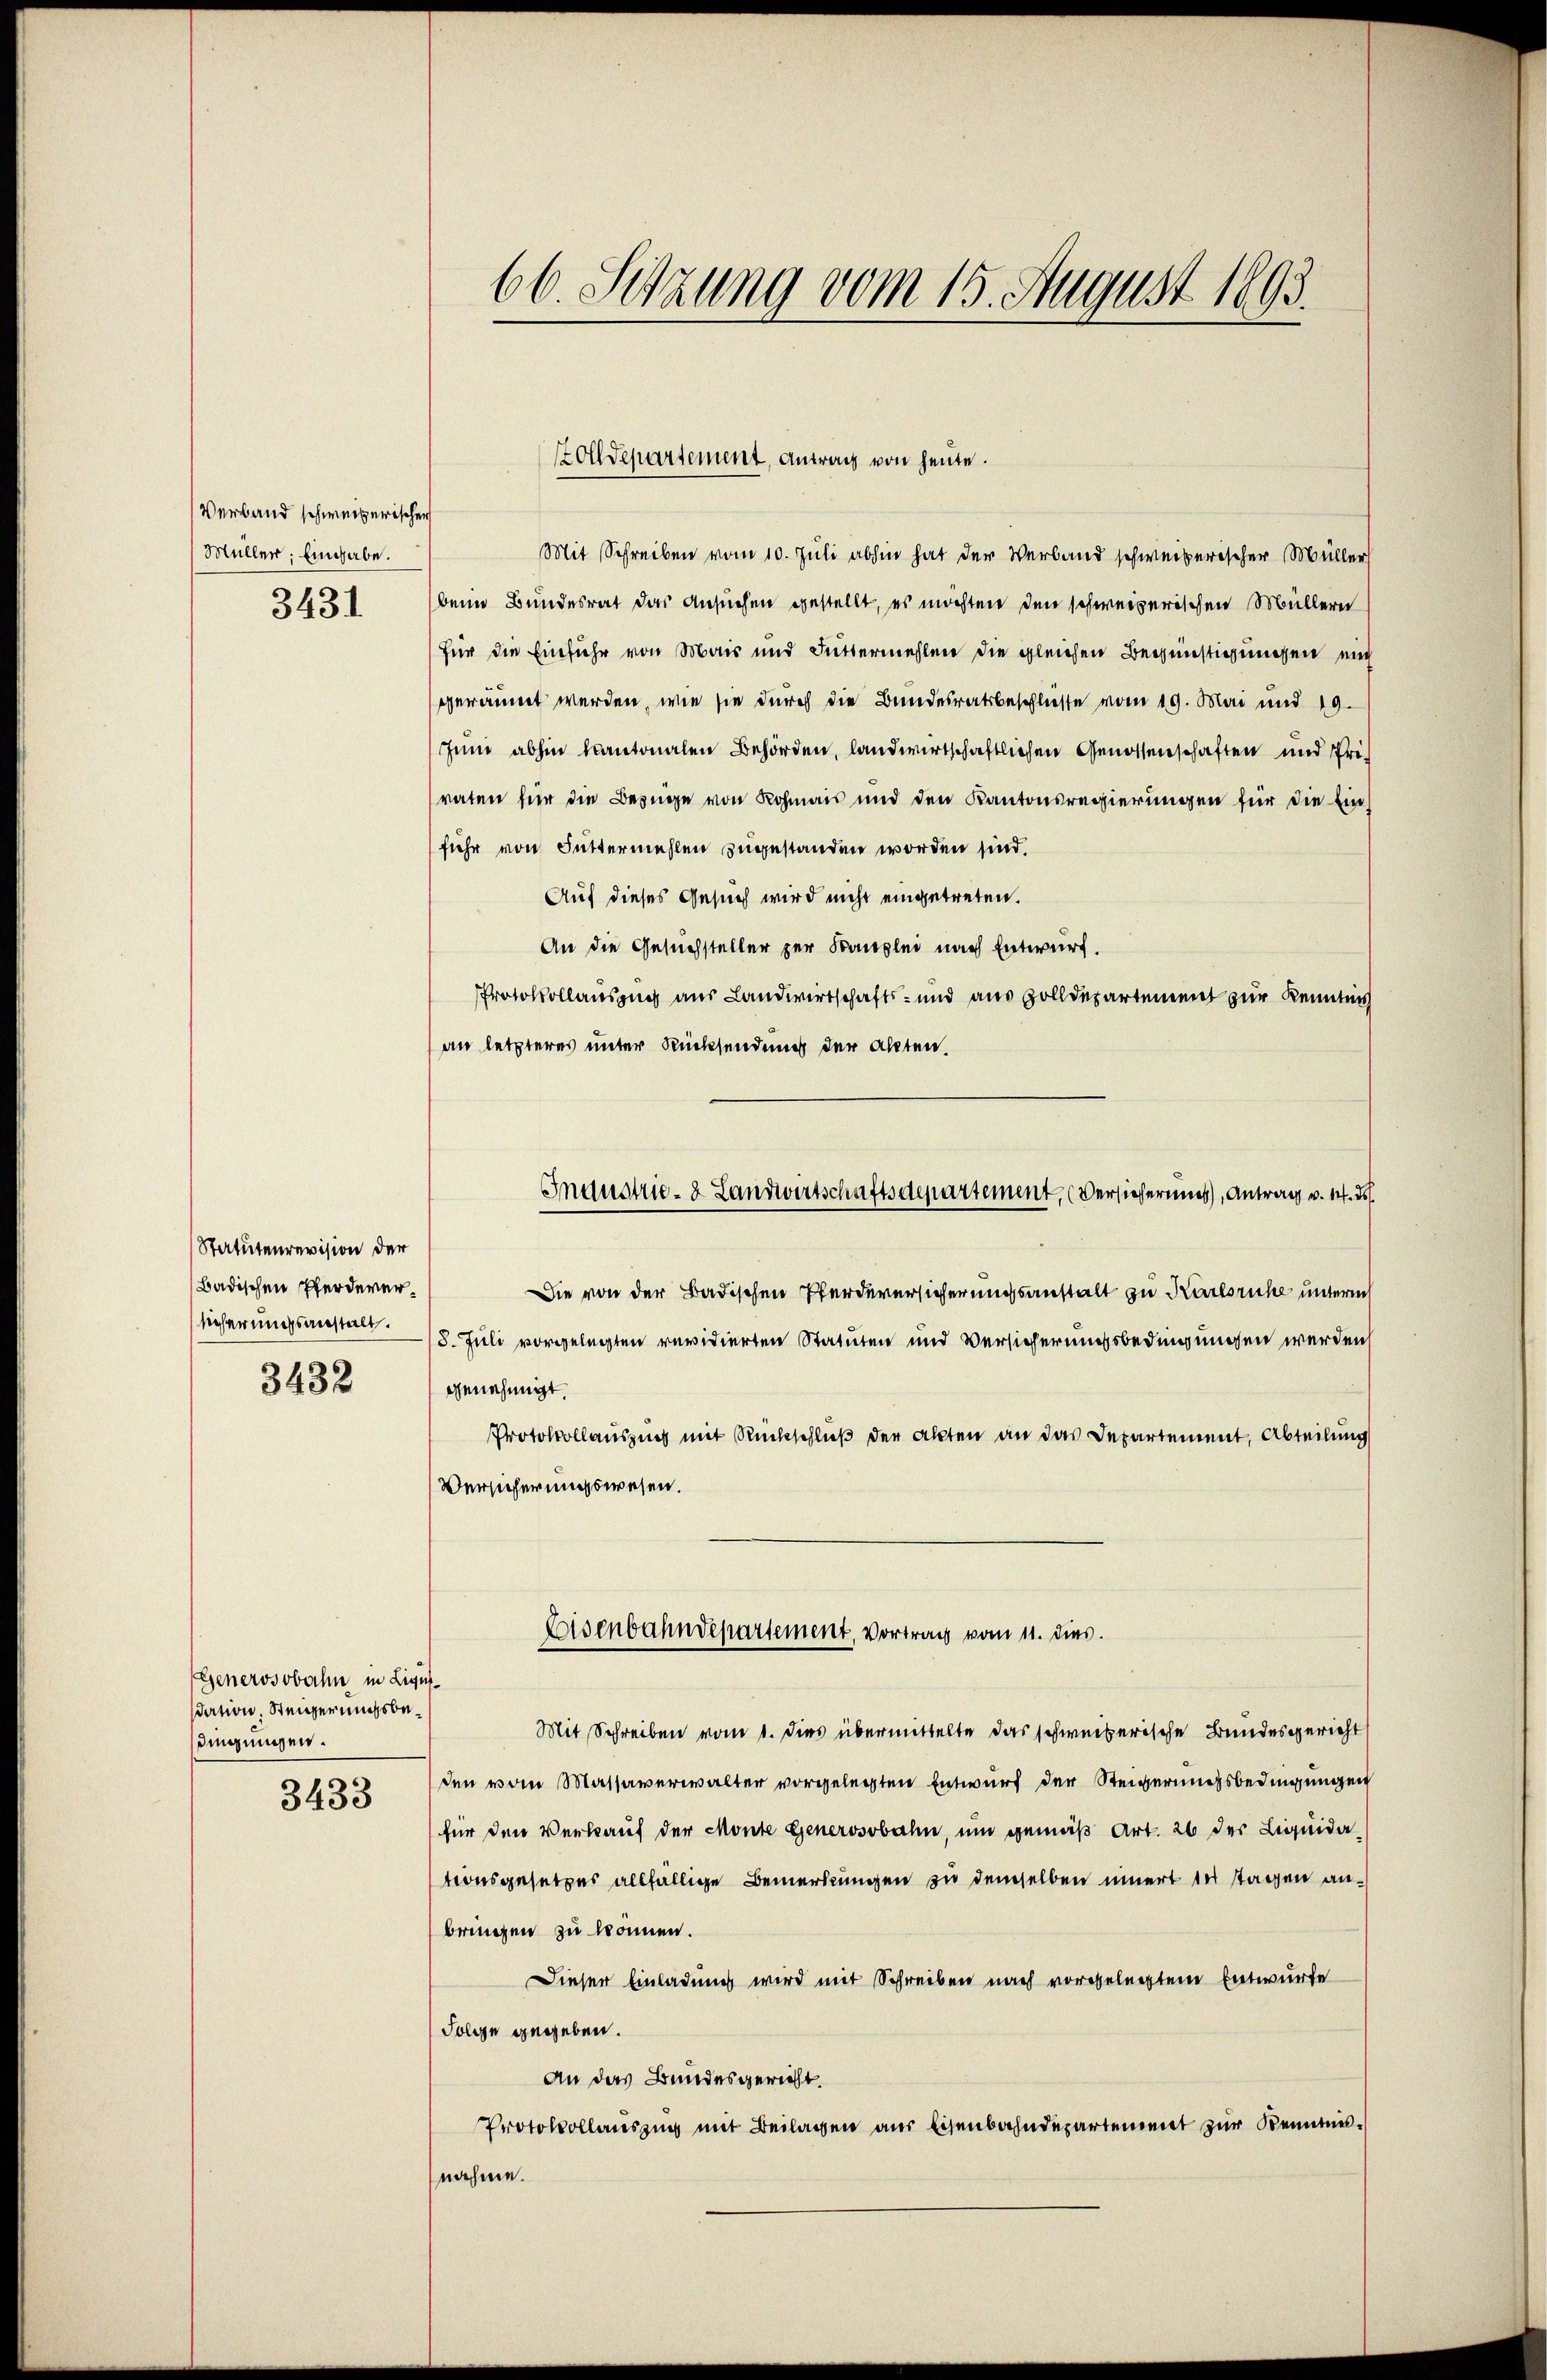
Verband schweizerischen
Müller. Eingabe.
3431

Statutenrevision der
Badischen Pferdeversicherungsanstalt.
3432

Generosobahn in Ligussdation, Steigerungsbedingungen.

3433

66. Setzung vom 15. August 1893.

Mit Schreiben vom 10. Juli abhin hat der Verband schweiberischer Müller
beim Bundesrat das Ansuchen gestellt, es möchten den schweizerischen Müllern
Für die Einfuhr von Mais und Futtermehlen die gleichen Begünstigungen mich
geräumt werden, wie sie durch die Bundesratsbeschliesse vom 19. Mai und 19.
Juni abhin kantonalen Behörden, landwirtschaftlichen Genossenschaften und Priraten für die Bezuge von Rohmais und den Kantonsregierungen für die Einfuhr von Futtermehlen zugestanden worden sind.
Auf dieses Gesuch wird nicht eingetreten.
An die Gesuchsteller zur Kanzlei nach Entwurf.
Protokollauszug aus Landwirtschafts- und aus Zolldepartement zur Kenntnis
an letzteres unter Rücksendung der Akten.
Die von der Badischen Pferdeversicherungsanstalt zu Karlsruhe unter
8. Juli vorgelegten revidierten Statuten und Versicherungsbedingungen werden
genehmigt.
Protokollauszug mit Rückschließ der Akten an das Departement, Abteilung
Versicherungswesen.
Eisenbahndepartement, Vortrag vom 11. dies.
Mit Schreiben vom 1. Dies übermittelte das schweiberische Bundesgericht
den vom Massaverwalter vorgelegten Entwurf der Steigerungsbedingungen
für den Verkauf der Monte Generosobahn, um gemäß Art. 26 der Liquida
tionsgesetzes allfällige Bemerkungen zu demselben innert der stagen anbringen zu können.
Dieser Einladung wird mit Schreiben nach vorgelegtem Entwurfe
Folge gegeben.
An das Bundesgericht.
Protokollauszug mit Beilagen aus Eisenbahndepartement zur Kenntnisnahme.

Zolldepartement, Antrag von heute.

Inqustrie- & Landwirtschaftsdepartement, (Versicherung, Antrag v. 1. ds.